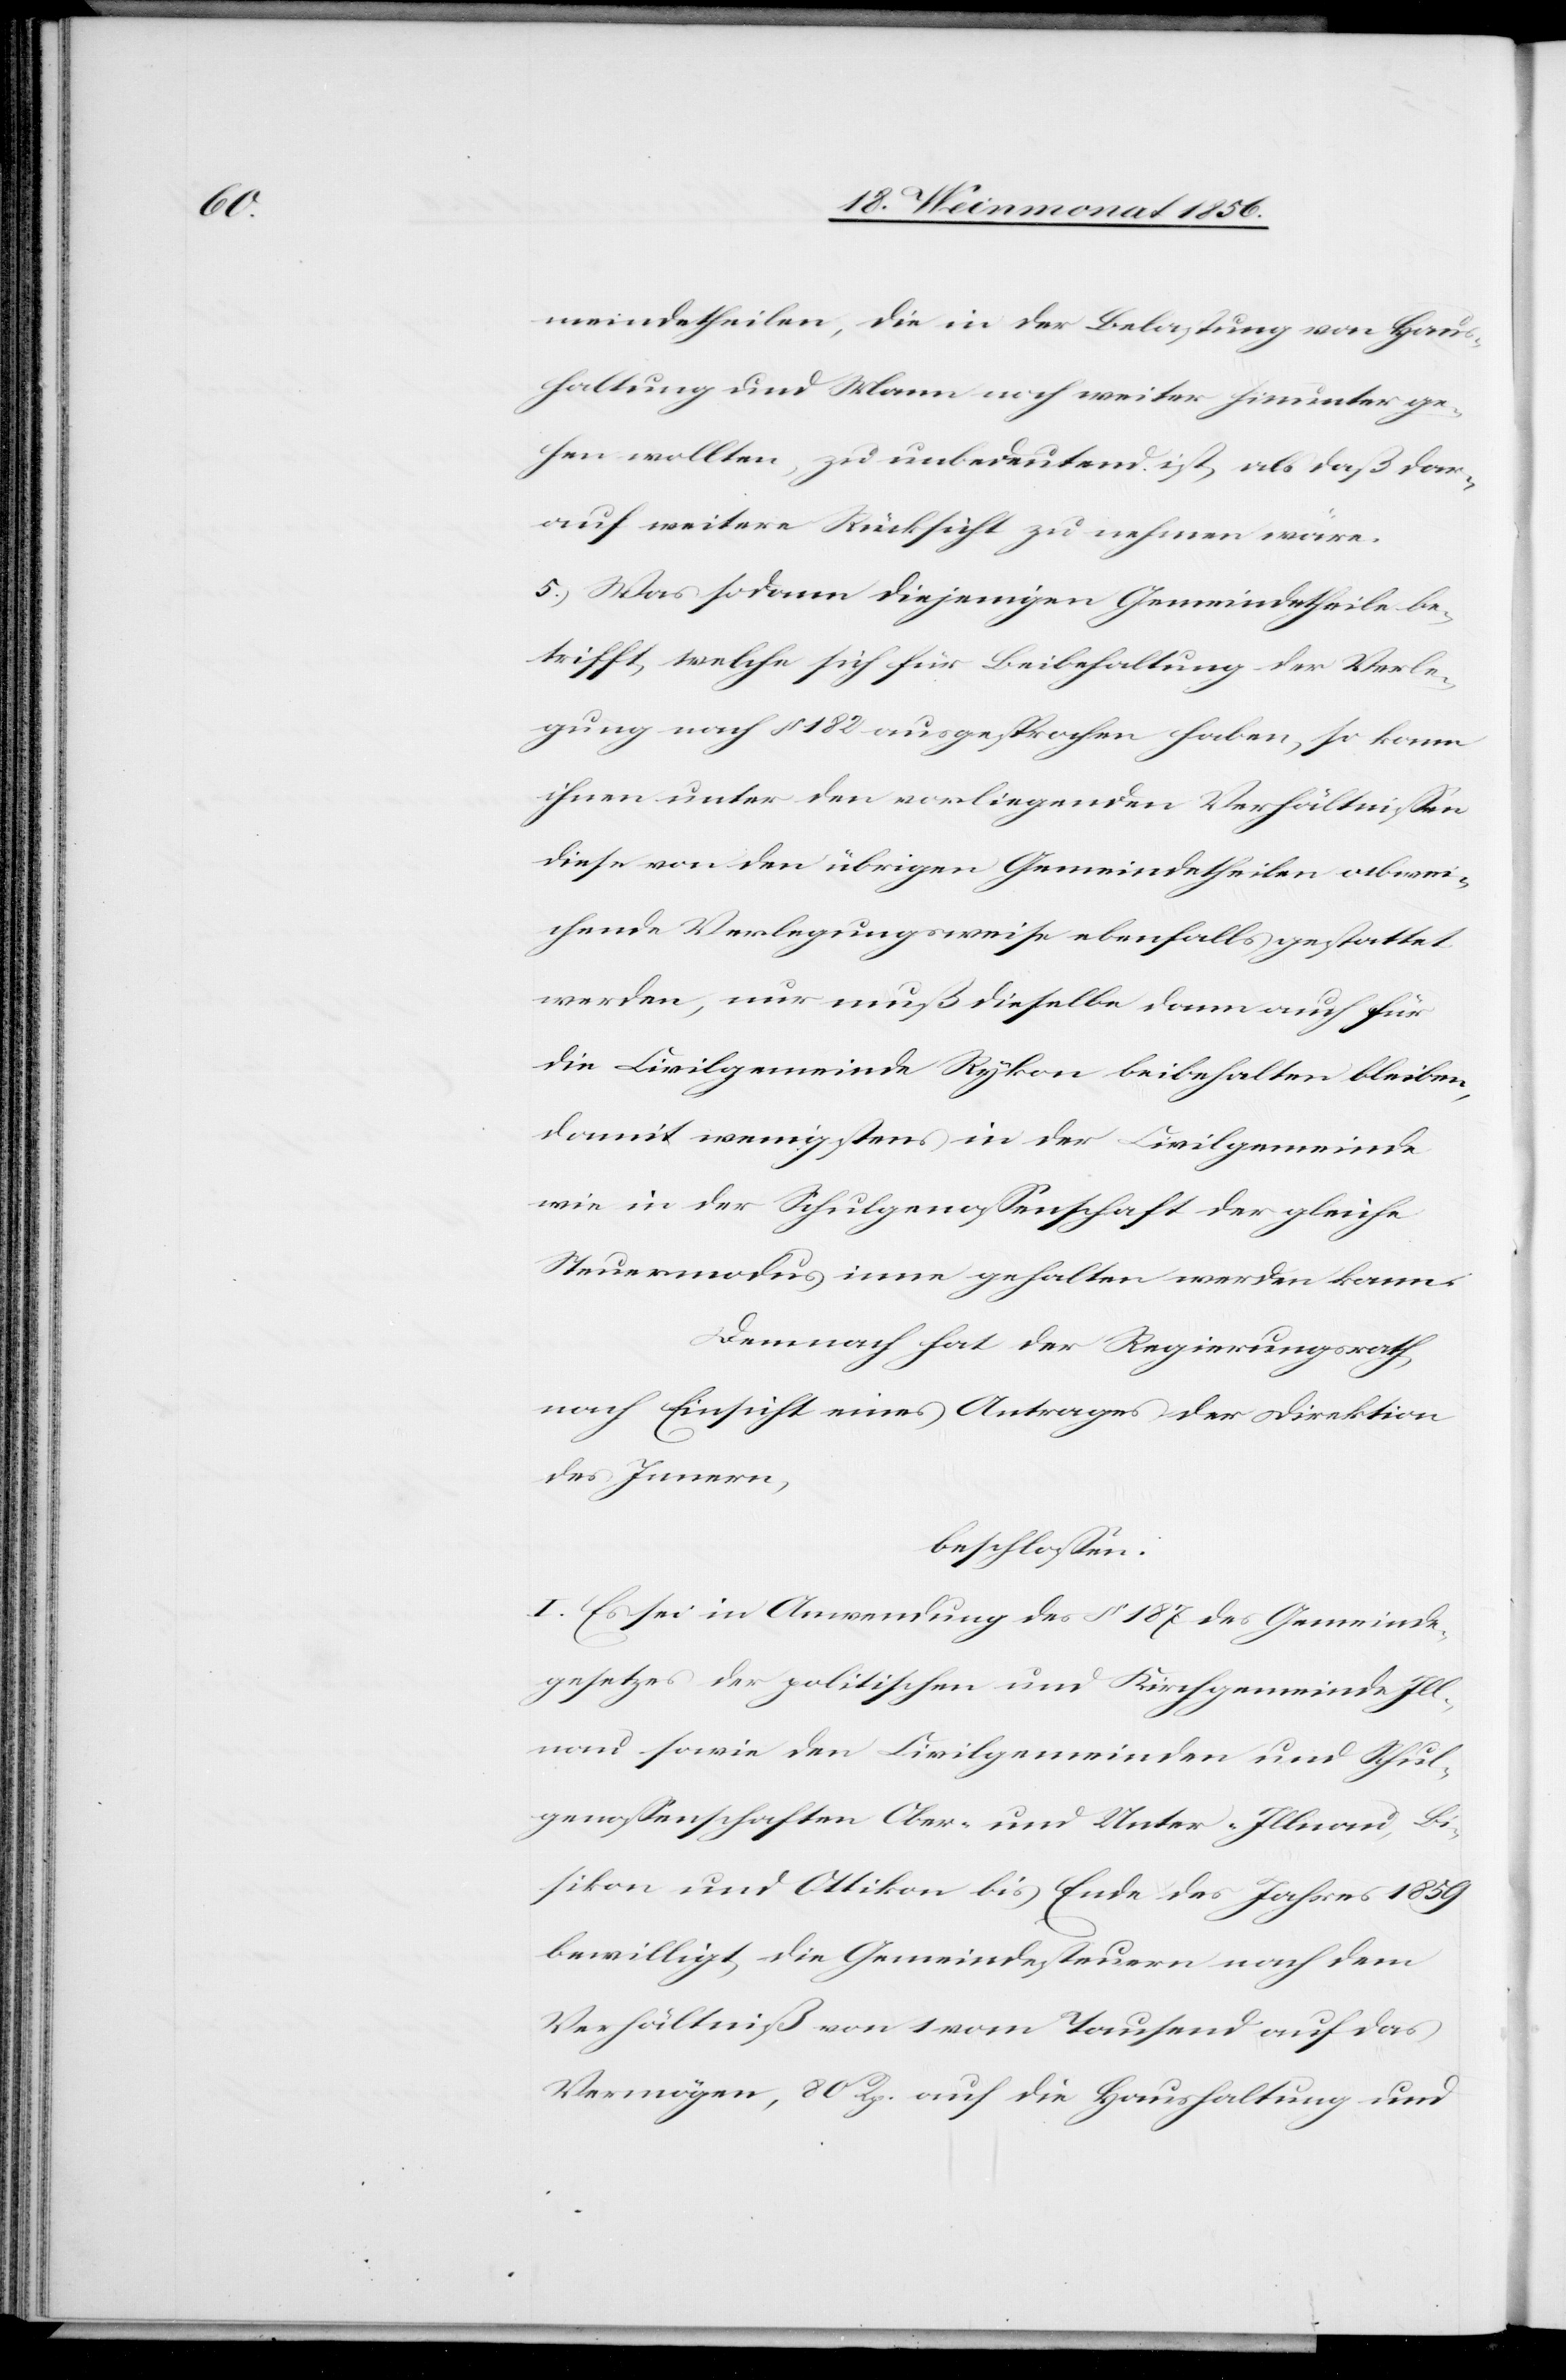
meindetheilen, die in der Belastung von Haus¬
haltung und Mann noch weiter hinunter ge¬
hen wollten, zu unbedeutend ist, als daß dar¬
auf weitere Rücksicht zu nehmen wäre.
5.) Was sodann diejenigen Gemeindetheile be¬
trifft, welche sich für Beibehaltung der Verle¬
gung nach § 182 ausgesprochen haben, so kann
ihnen unter den vorliegenden Verhältnissen
diese von den übrigen Gemeindetheilen abwei¬
chende Verlegungsweise ebenfalls gestattet
werden, nur muß dieselbe dann auch für
die Civilgemeinde Rykon beibehalten bleiben,
damit wenigstens in der Civilgemeinde
wie in der Schulgenossenschaft der gleiche
Steuermodus inne gehalten werden kann.
Demnach hat der Regierungsrath,
nach Einsicht eines Antrages der Direktion
des Innern,
beschlossen:
I. Es sei in Anwendung des § 187 des Gemeinde¬
gesetzes der politischen und Kirchgemeinde Ill¬
nau sowie den Civilgemeinden und Schul¬
genossenschaften Ober- und Unter-Illnau, Bi¬
sikon und Ottikon bis Ende des Jahres 1859
bewilligt, die Gemeindesteuern nach dem
Verhältniß von 1 vom Tausend auf das
Vermögen, 80 Rp. auf die Haushaltung und